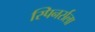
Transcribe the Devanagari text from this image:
स्पिनर्सला